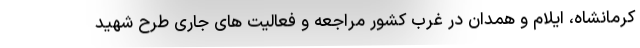
کرمانشاه، ایلام و همدان در غرب کشور مراجعه و فعالیت های جاری طرح شهید